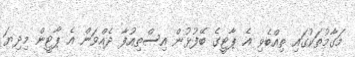
މަގާމުތަކުގައި ތިއްބެވި އެ ޕާޓީގެ ބޭފުޅުން އިސްތިއުފާ ދެއްވަން އެ ޕާޓީން މިދިޔަ